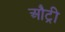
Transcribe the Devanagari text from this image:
औट्री